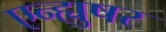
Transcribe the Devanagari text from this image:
एन्ह्युषर